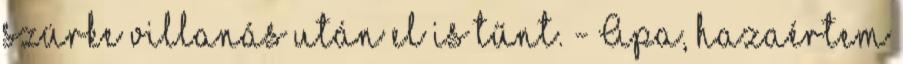
szürke villanás után el is tűnt. - Apa, hazaértem